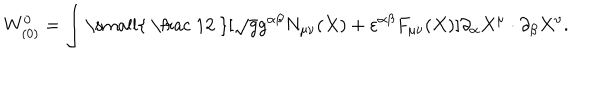
W _ { ( 0 ) } ^ { 0 } = \int \mathrm { \small { ~ \frac ~ 1 2 ~ } } [ \sqrt { g } g ^ { \alpha \beta } N _ { \mu \nu } ( X ) + \varepsilon ^ { \alpha \beta } F _ { \mu \nu } ( X ) ] \partial _ { \alpha } X ^ { \mu } \cdot \partial _ { \beta } X ^ { \nu } .